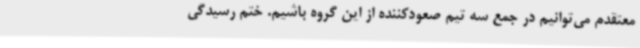
معتقدم می‌توانیم در جمع سه تیم صعودکننده از این گروه باشیم. ختم رسیدگی